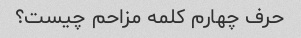
حرف چهارم کلمه مزاحم چیست؟